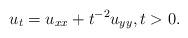
LaTeX: \begin{align*} u_t=u_{xx}+t^{-2}u_{yy}, t>0.\end{align*}